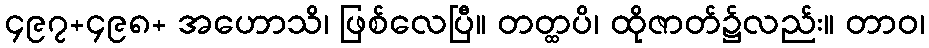
၄၉၇+၄၉၈+ အဟောသိ၊ ဖြစ်လေပြီ။ တတ္ထပိ၊ ထိုဇာတ်၌လည်း။ တာဝ၊